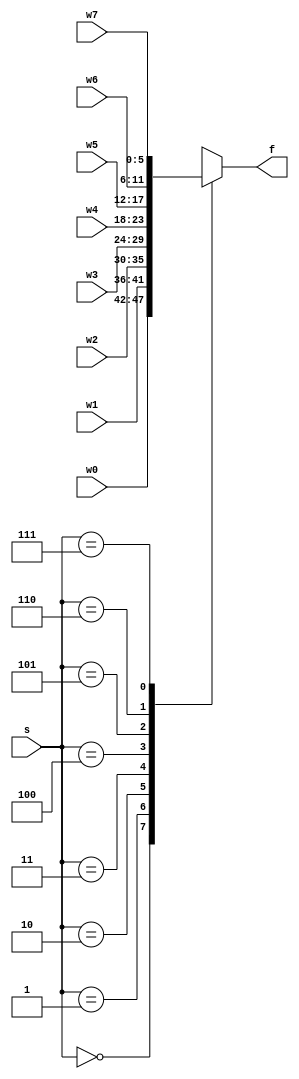
`timescale 1ns / 1ps



module mux_8x1_nbit
    #(parameter N = 6) (
    input [N - 1: 0] w0, w1, w2, w3, w4, w5, w6, w7,
    input [2:0] s,
    output reg [N - 1: 0] f
    );
   
    // case (Multiplexing Networks)
    always @(w0, w1, w2, w3, w4, w5, w6, w7, s)
    begin
        case(s)
            3'b000: f = w0;
            3'b001: f = w1;
            3'b010: f = w2;
            3'b011: f = w3;
            3'b100: f = w4;
            3'b101: f = w5;
            3'b110: f = w6;
            3'b111: f = w7;
            default: f = 'bx;
        endcase
    end
    
endmodule